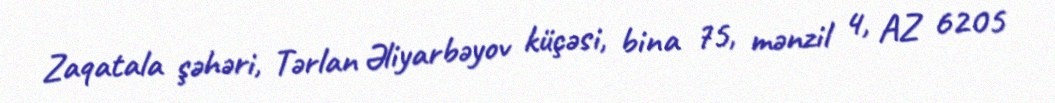
Zaqatala şəhəri, Tərlan Əliyarbəyov küçəsi, bina 75, mənzil 4, AZ 6205